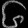
Digit: ၆